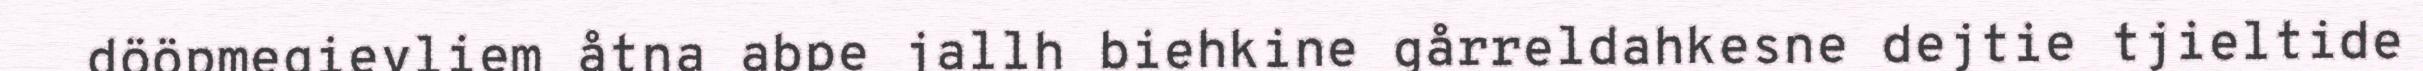
dööpmegievliem åtna abpe jallh biehkine gårreldahkesne dejtie tjieltide